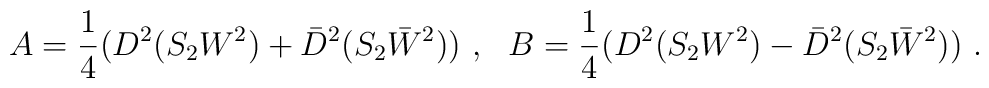
A=\frac{1}{4}(D^2(S_2W^2)+\bar{D}^2(S_2\bar{W}^2))~,~~B=\frac{1}{4}(D^2(S_2W^2)-\bar{D}^2(S_2\bar{W}^2))~.